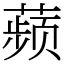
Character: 𬞟